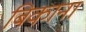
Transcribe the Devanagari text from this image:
बिकाना